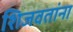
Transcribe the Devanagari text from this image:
शिजवतांना